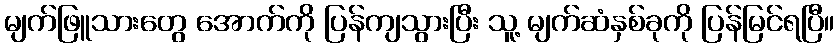
မျက်ဖြူသားတွေ အောက်ကို ပြန်ကျသွားပြီး သူ့ မျက်ဆံနှစ်ခုကို ပြန်မြင်ရပြီ။